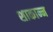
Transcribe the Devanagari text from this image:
शाकान्न